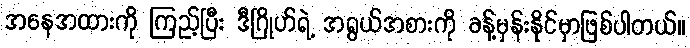
အနေအထားကို ကြည့်ပြီး ဒီဂြိုဟ်ရဲ့ အရွယ်အစားကို ခန့်မှန်းနိုင်မှာဖြစ်ပါတယ်။